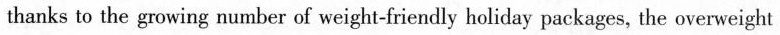
thanks to the growing number of weight-friendly holiday packages, the overweight